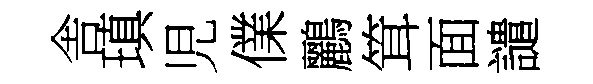
舎瑱児㒒鸝䇯面譴